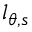
l _ { \theta , s }